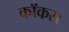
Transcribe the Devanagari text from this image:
काँकरा